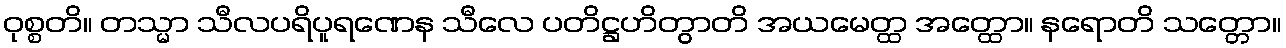
ဝုစ္စတိ။ တသ္မာ သီလပရိပူရဏေန သီလေ ပတိဋ္ဌဟိတွာတိ အယမေတ္ထ အတ္ထော။ နရောတိ သတ္တော။